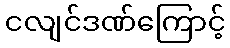
ငလျင်ဒဏ်ကြောင့်